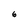
Character: 6